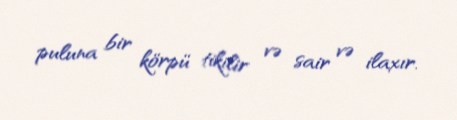
puluna bir körpü tikilir və sair və ilaxır.